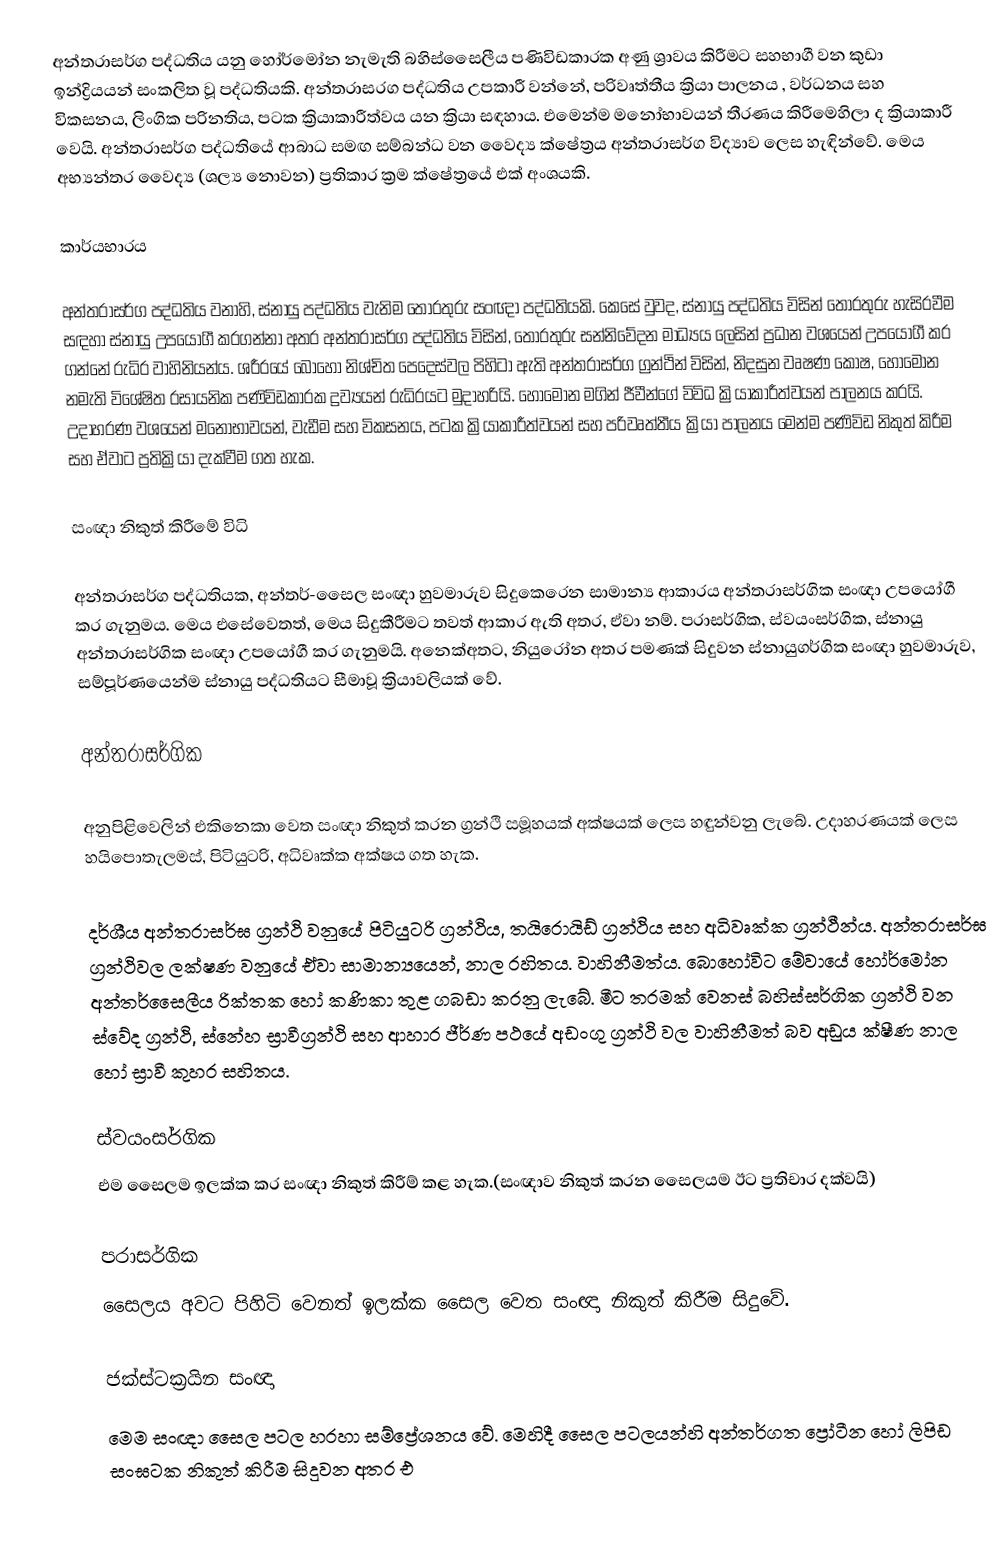
අන්තරාසර්ග පද්ධතිය යනු හෝර්මෝන නැමැති බහිස්සෛලීය‍ පණිවිඩකාරක අණු ශ්‍රාවය කිරීමට සහභාගී වන කුඩා ඉන්ද්‍රියයන් සංකලිත වූ පද්ධතියකි.  අන්තරාසරග පද්ධතිය උපකාරී වන්නේ,  පරිවෘත්තීය ක්‍රියා පාලනය , වර්ධනය සහ විකසනය, ලිංගික පරිනතිය, පටක ක්‍රියාකාරීත්වය යන ක්‍රියා සඳහාය. එමෙන්ම මනෝභාවයන් තීරණය කිරීමෙහිලා ද ක්‍රියාකාරී වෙයි. අන්තරාසර්ග පද්ධතියේ ආබාධ සමඟ සම්බන්ධ වන වෛද්‍ය ක්ෂේත්‍රය අන්තරාසර්ග විද්‍යාව ලෙස හැඳින්වේ. මෙය අභ්‍යන්තර වෛද්‍ය (ශල්‍ය නොවන) ප්‍රතිකාර ක්‍රම ක්ෂේත්‍රයේ එක් අංශයකි.

කාර්යභාරය

අන්තරාසර්ග පද්ධතිය වනාහි, ස්නායු පද්ධතිය වැනිම තොරතුරු සංඥා පද්ධතියකි. කෙසේ වුවද,  ස්නායු පද්ධතිය විසින් තොරතුරු හැසිරවීම සඳහා ස්නායු  උපයෝගී කරගන්නා අතර අන්තරාසර්ග පද්ධතිය විසින්, තොරතුරු සන්නිවේදන මාධ්‍යය ලෙසින් ප්‍රධාන වශයෙන් උපයෝගී කර ගන්නේ රුධිර වාහිනියන්ය. ශරීරයේ බොහෝ නිශ්චිත පෙදෙස්වල පිහිටා ඇති අන්තරාසර්ග ග්‍රන්ථින් විසින්, නිදසුන වෘෂණ කෝෂ, හෝමෝන නමැති විශේෂිත රසායනික පණිවිඩකාරක ද්‍රව්‍යයන්  රුධිරයට මුදාහරියි. හෝමෝන මගින් ජීවීන්ගේ විවිධ ක්‍රියාකාරීත්වයන් පාලනය කරයි. උදාහරණ වශයෙන් මනෝභාවයන්, වැඩීම සහ විකසනය, පටක ක්‍රියාකාරීත්වයන් සහ පරිවෘත්තීය ක්‍රියා පාලනය මෙන්ම පණිවිඩ නිකුත් කිරීම සහ ඒවාට ප්‍රතික්‍රියා දැක්වීම ගත හැක.

සංඥා නිකුත් කිරීමේ විධි

අන්තරාසර්ග පද්ධතියක, අන්තර්-සෛල සංඥා හුවමාරුව සිදුකෙරෙන සාමාන්‍ය ආකාරය අන්තරාසර්ගික සංඥා උපයෝගී කර ගැනුමය. ‍මෙය එසේවෙතත්, මෙය සිදුකීරීමට තවත් ආකාර ඇති අතර, ඒවා නම්. ‍පරාසර්ගික, ස්වයංසර්ගික, ස්නායු අන්තරාසර්ගික සංඥා උපයෝගී කර ගැනුමයි. අනෙක්අතට, නියුරෝන අතර  පමණක් සිදුවන ස්නායුගර්ගික සංඥා හුවමාරුව,  සම්පූර්ණයෙන්ම ස්නායු පද්ධතියට සීමාවූ ක්‍රියාවලියක් වේ.

අන්තරාසර්ගික

අනුපිළිවෙලින් එකිනෙකා වෙත සංඥා නිකුත් කරන ග්‍රන්ථි සමූහයක්   අක්ෂයක් ලෙස හඳුන්වනු ලැබේ. උදාහරණයක් ලෙස හයිපොතැලමස්, පිටියුටරි, අධිවෘක්ක අක්ෂය ගත හැක.

දර්ශීය අන්තරාසර්ඝ ග්‍රන්ථි වනුයේ පිටියුටරි ග්‍රන්ථිය, තයිරොයිඩ් ග්‍රන්ථිය සහ අධිවෘක්ක ග්‍රන්ථීන්ය. අන්තරාසර්ඝ ග්‍රන්ථිවල ලක්ෂණ වනුයේ ඒවා සාමාන්‍යයෙන්, නාල රහිතය. වාහිනීමත්ය. බොහෝවිට මේවායේ හෝර්මෝන අන්තර්සෛලීය රික්තක හෝ කණිකා තුළ ගබඩා කරනු ලැබේ. මීට තරමක් වෙනස් බහිස්සර්ගික ග්‍රන්ථි වන ස්වේද ග්‍රන්ථි, ස්නේහ ස්‍රාවීග්‍රන්ථි සහ ආහාර ජීර්ණ පථයේ අඩංගු ග්‍රන්ථි වල වාහිනීමත් බව අඩුය ක්ෂීණ නාල හෝ ස්‍රාවී කුහර සහිතය.

ස්වයංසර්ගික
එම සෛලම ඉලක්ක කර සංඥ‍ා නිකුත් කිරීම් කළ හැක.(සංඥාව නිකුත් කරන සෛලයම ඊට ප්‍රතිචාර දක්වයි)

පරාසර්ගික
සෛලය අවට පිහිටි වෙනත් ඉලක්ක සෛල වෙත සංඥා නිකුත් කිරීම සිදුවේ.

ජක්ස්ටක්‍රයින සංඥා
මෙම සංඥා සෛල පටල හරහා සම්ප්‍රේශනය වේ. මෙහිදී සෛල පටලයන්හි අන්තර්ගත ප්‍රෝටීන හෝ ලිපිඩ සංඝටක නිකුත් කිරීම සිදුවන අතර  එ